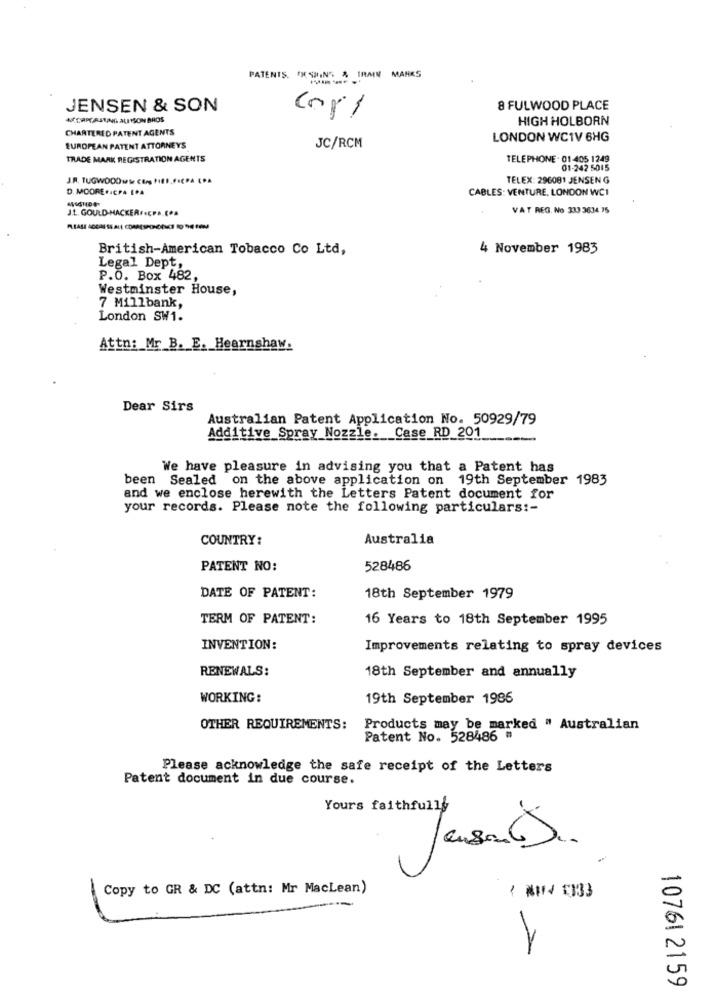
PATENTS. X SHINGS & IRMY MANKS
JENSEN & SON
8 FULWOOD PLACE
MORPCASTING ALITSON BROS
cori
HIGH HOLBORN
CHARTERED PATENT AGENTS
LONDON WC1V 6HG
EUROPEAN PATENT ATTORNEY'S
JC/RCM
TRADE MARK REGISTRATION AGENTS
TELEPHONE . 01-405 1249
01-242 5015
J.R. TUGWOOO w/ Se CEog HIEFFICPA CPA
TELEX: 296081 JENSEN G
D. MOORE .4CPA [PA
CABLES: VENTURE, LONDON WC1
J.t. GOULD-HACKER .........
VAT REG. No 333 3634 75
British-American Tobacco Co Ltd,
4 November 1983
Legal Dept,
P.O. Box 482,
Westminster House,
7 Millbank,
London SW1.
Attn: Mr_B. E. Hearnshaw.
Dear Sirs
Australian Patent Application No. 50929/79
Additive Spray Nozzle. Case_RD_201 ____
We have pleasure in advising you that a Patent has
been Sealed on the above application on 19th September 1983
and we enclose herewith the Letters Patent document for
your records. Please note the following particulars :-
COUNTRY:
Australia
PATENT NO:
528486
DATE OF PATENT:
18th September 1979
TERM OF PATENT:
16 Years to 18th September 1995
INVENTION:
Improvements relating to spray devices
RENEWALS:
18th September and annually
WORKING:
19th September 1986
OTHER REQUIREMENTS:
Products may be marked " Australian
Patent No. 528486 "
Please acknowledge the safe receipt of the Letters
Patent document in due course.
Yours faithfully
-
Copy to GR & DC (attn: Mr Maclean)
/ #114 3333
0
2
10761 2159